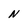
Character: N